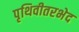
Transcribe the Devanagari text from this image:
पृथिवीतरभेद